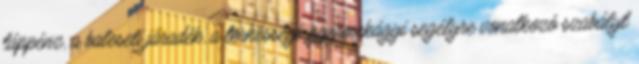
táppénz, a baleseti járadék, a terhességi-gyermekágyi segélyre vonatkozó szabályt